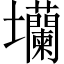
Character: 𡔔